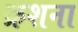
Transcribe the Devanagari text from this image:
क्रशना